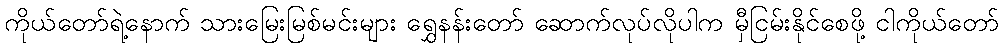
ကိုယ်တော်ရဲ့နောက် သားမြေးမြစ်မင်းများ ရွှေနန်းတော် ဆောက်လုပ်လိုပါက မှီငြမ်းနိုင်စေဖို့ ငါကိုယ်တော်